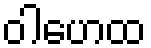
ဝါဟေထ